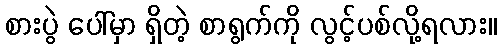
စားပွဲ ပေါ်မှာ ရှိတဲ့ စာရွက်ကို လွင့်ပစ်လို့ရလား။